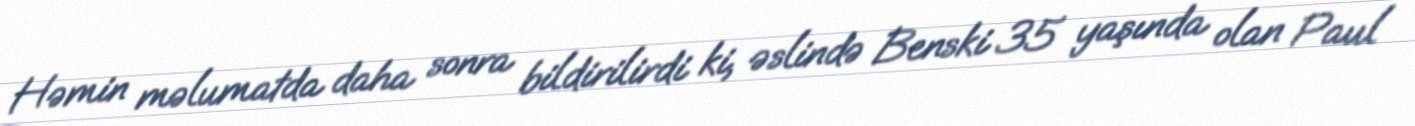
Həmin məlumatda daha sonra bildirilirdi ki, əslində Benski 35 yaşında olan Paul